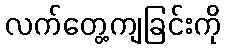
လက်တွေ့ကျခြင်းကို